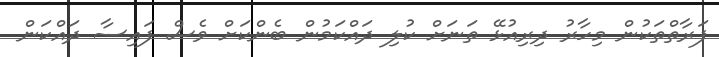
ފަރާތްތަކުން މިހާރު ދިރިއުޅޭ ތަނަށް ކުލި ދައްކަމުން ބެންކަށް ވެސް ފައިސާ ދައްކަން